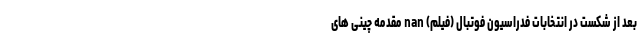
بعد از شکست در انتخابات فدراسیون فوتبال (فیلم) nan مقدمه چینی های